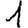
Digit: 1